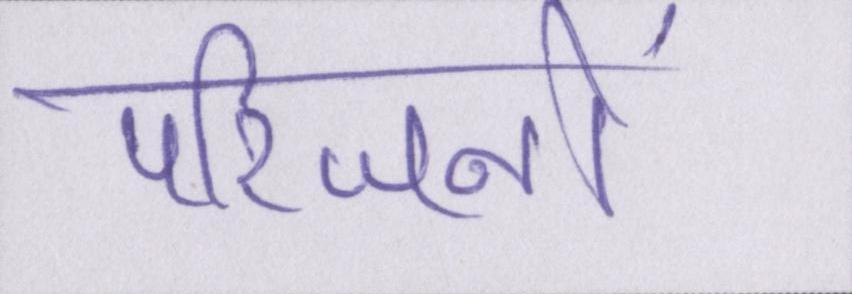
परिजनों